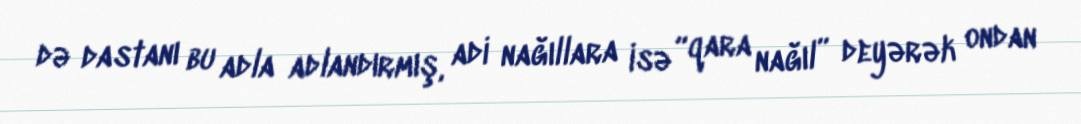
də dastanı bu adla adlandırmış, adi nağıllara isə “qara nağıl” deyərək ondan